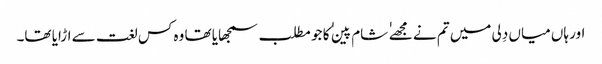
اور ہاں میاں دِلی میں تم نے مجھے ٰ ٰ شام پین ٰ ٰ کا جو مطلب سمجھایا تھا وہ کس لغت سے اڑایا تھا۔